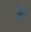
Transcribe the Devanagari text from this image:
क्रै